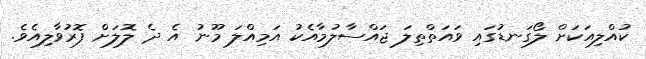
ކުއްލިއަކަށް ލޯގަނޑުގައި ވައަތްތިލަ ޖައްސާލުމާއެކު އަމިއްލަ މޫނު އެ ދެ ލޮލަށް ފޮރުވާލިއެވެ.